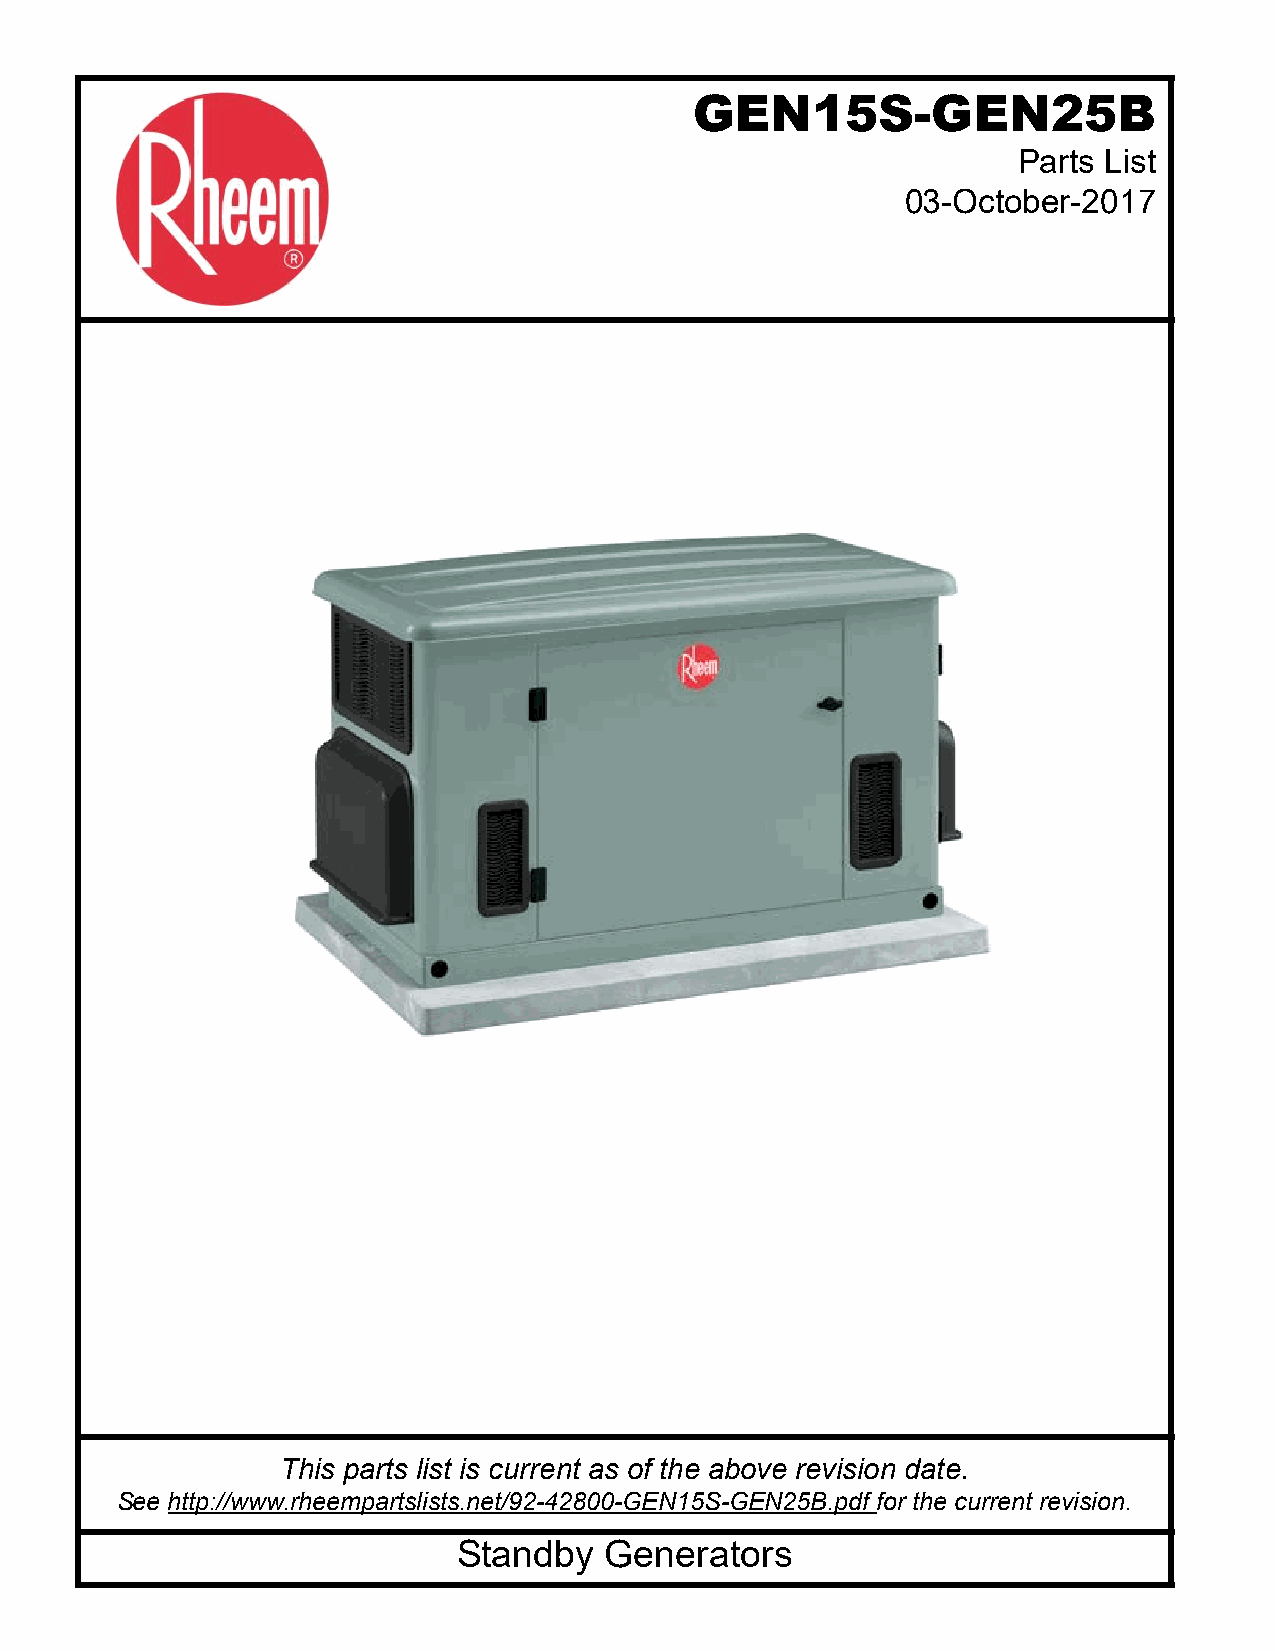
GEN15S-GEN25B
 Parts List
 03-October-2017
 This parts list is current as of the above revision date.
 See http://www.rheempartslists.net/92-42800-GEN15S-GEN25B.pdf for the current revision.
 Standby   Generators
 Form No. 92-42800-GEN15S-GEN25B